Board of Education Examinations in Art and in Science and Technology, and Examinations of the City and Guilds of London Institute, 1921, 1921
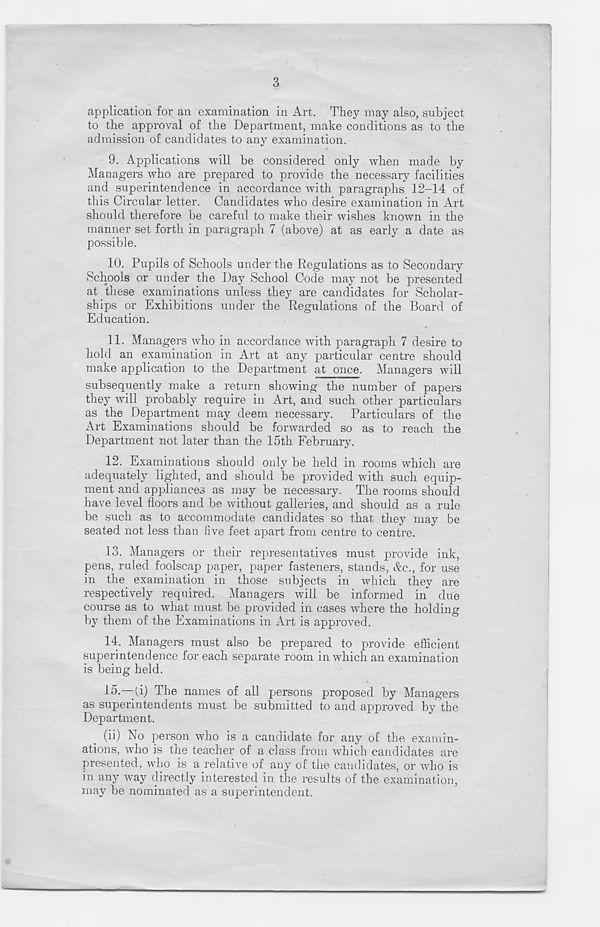
3
application for an examination in Art. They may also, subject
to the approval of the Department, make conditions as to the
admission of candidates to any examination.
9. Applications will be considered only when made by
Managers who are prepared to provide the necessary facilities
and superintendence in accordance with paragraphs 12-14 of
this Circular letter. Candidates who desire examination in Art
should therefore be careful to make their wishes known in the
manner set forth in paragraph 7 (above) at as early a date as
possible.
10. Pupils of Schools under the Regulations as to Secondary
Schools or under the Day School Code may not be presented
at these examinations unless they are candidates for Scholar-
ships or Exhibitions under the Regulations of the Board of
Education.
11. Managers who in accordance with paragraph 7 desire to
hold an examination in Art at any particular centre should
make application to the Department at once. Managers will
subsequently make a return showing the number of papers
they will probably require in Art, and such other particulars
as the Department may deem necessary. Particulars of the
Art Examinations should be forwarded so as to reach the
Department not later than the 15th February.
12. Examinations should only be held in rooms which are
adequately lighted, and should be provided with such equip-
ment and appliances as may be necessary. The rooms should
have level floors and be without galleries, and should as a rule
be such as to accommodate candidates so that they may be
seated not less than five feet apart from centre to centre.
13. Managers or their representatives must provide ink,
pens, ruled foolscap paper, paper fasteners, stands, &c., for use
in the examination in those subjects in which they are
respectively required. Managers will be informed in due
course as to what must be provided in cases where the holding
by them of the Examinations in Art is approved.
14. Managers must also be prepared to provide efficient
superintendence for each separate room in which an examination
is being held.
15.
—(i) The names of all persons propos
as superintendents must be submitted to and approved by the
Department.
(ii) No person who is a candidate for any of the examin-
ations, who is the teacher of a class from which candidates are
presented, who is a relative of any of the candidates, or who is
in any way directly interested in the results of the examination,
may be nominated as a superintendent.